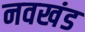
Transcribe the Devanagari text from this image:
नवखंड